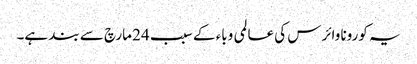
یہ کورونا وائرس کی عالمی وباء کے سبب 24 مارچ سے بند ہے۔